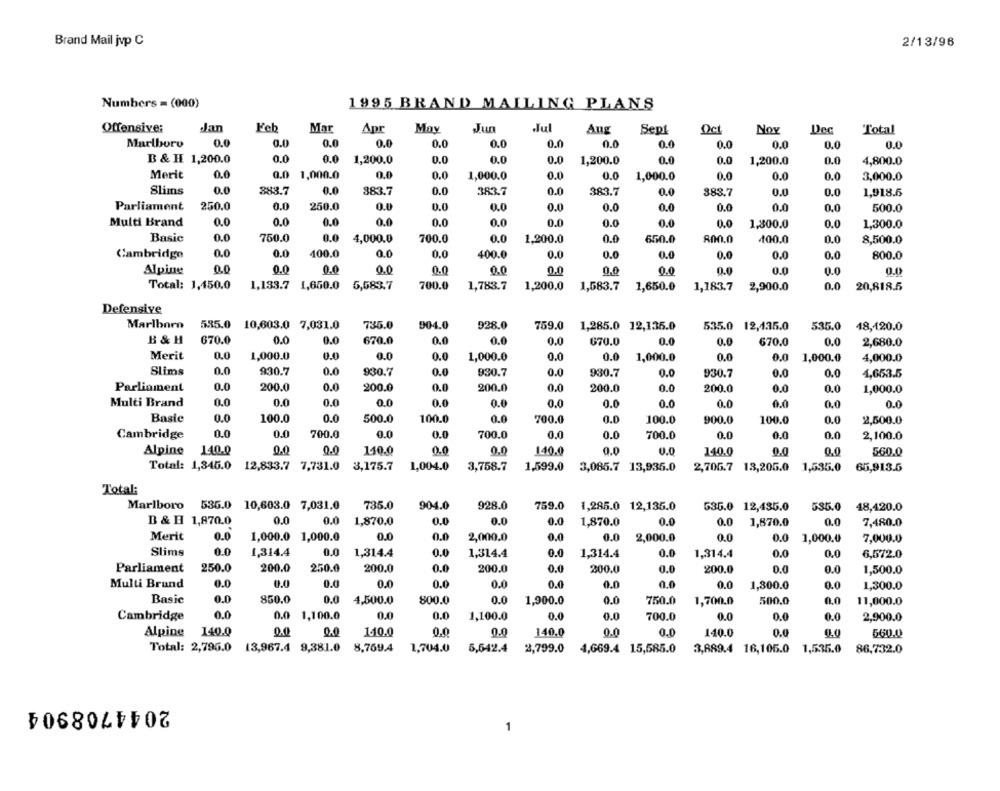
Brand Mail jvp C
2/13/96
Numbers = (000)
1995 BRAND MAILING PLANS
Offensive:
dan
Feb
Mar
Jul
Apr
May
Jun
Ang
Sept
Det
Nov
Dec
Total
0.0
0.0
0.0
0.0
0.0
0.0
0.0
Marlboro
0.0
0.0
0.0
0.0
0.0
0.0
B & H 1,200.0
0.0
0.0
0.0
0.0
1,200.0
0.0
1,200.0
0.0
0.0
1,200.0
0.0
4,800.0
0.0
0.0 1,000.0
0.0
0.0
0.0
Merit
1,000.0
0.0
0.0
1,000.0
0.0
0.0
3,000.0
Slims
0.0
383.7
0.0
383.7
0.0
383.7
383.7
0.0
388.7
0.0
0.0
1,918.6
Parliament
250.0
0.0
250.0
0.0
0.0
0.0
0.0
0.0
0.0
0.0
0.0
0.0
500.0
Multi Brand
0.0
0.0
0.0
0.0
0.0
0.0
0.0
0.0
0.0
0.0
1,300.0
0.0
1,300.0
Basic
0.0
750.0
0.0
4,000.0
700.0
0.0
1,200.0
0.0
650.0
800.0
100.0
0.0
8,500.0
0.0
0.0
100.0
0.0
0.0
400.0
0.0
Cambridge
0.0
0.0
0.0
0.0
0.0
800.0
0.0
0.0
0.0
Alpine
0.0
0.0
0.0
0.0
0.0
0.0
0.0
0.0
0.0
0.0
Total: 1,450.0
1,133.7 1,650.0
700.0
5,683.7
1,783.7
1,200.0
1,583.7
1,650.0
1,183.7
2,900.0
0.0
20,818.5
Defensive
Marlboro
535.0 10,603.0 7,031.0
735.0
904.0
928.0
759.0 1,285.0 12,135.0
535.0 12,135.0
535.0 48,120.0
B & H
670.0
0.0
0.0
670.0
0.0
0.0
0.0
670.0
0.0
0.0
670.0
0.0
2,680.0
Merit
0.0
1,000.0
0.0
0.0
0.0
0.0
0.0
1,000.0
0.0
0.0
1,000.0
1,000.0
4,000.0
Slims
0.0
930.7
0.0
930.7
0.0
930.7
0.0
930.7
0.0
930.7
0.0
0.0
1,653.5
0.0
200.0
0.0
200.0
200.0
0.0
200.0
0.0
200.0
0.0
0.0
1,000.0
Parliament
Multi Brand
0.0
0.0
0.0
0.0
0.0
0.0
0.0
0.0
0.0
0.0
0.0
0.0
0.0
Basie
0.0
100.0
0.0
500.0
100.0
0.0
700.0
0.0
100.0
900.0
100.0
0.0
2,500.0
Cambridge
0.0
0.0
700.0
0.0
0.0
700.0
0.0
0.0
700.0
0.0
0.0
0.0
2,100.0
Alpine
140.0
0.0
0.0
110.0
0.0
0.0
140.0
0.0
140.0
0.0
0,0
560.0
Total: 1,345.0 12,833.7 7,731.0
3,175.7
1,004.0
3,758.7
2,705.7 13,205.0
1,535.0
1,599.0 3,085.7 13,935.0
65,913.5
Total:
Marlboro 536.0 10,603.0 7,031.0
735.0
904.0
928.0
759.0
1,285.0 12,135.0
535.0 12,435.0
535.0 48,420.0
B & B 1,870.0
0.0
0.0
1,870.0
0.0
0.0
0.0
1,870.0
0.0
0.0
1,870.0
0.0
7,480.0
Merit
0.0
1,000.0 1,000.0
0.0
2,000.0
0.0
0.0
2,000.0
0.0
0.0
1,000.0
7,000.0
Slims
0.0
1,314.4
0.0
1,314.4
0.0
1,314.4
0.0
1,314.4
0.0
1,314.4
0.0
0.0
6,572.0
Parliament
250.0
200.0
250.0
200.0
0.0
200.0
0.0
200.0
0.0
200.0
0.0
0.0
1,500.0
Multi Brund
0.0
0.0
0.0
0.0
0.0
0.0
0.0
0.0
1,300.0
0.0
1,300.0
Basic
0.0
850.0
0.0
4,500.0
800.0
0.0
1,900.0
0.0
750.0
1,700.0
500.0
0.0
11,000.0
Cambridge
0.0
0.0 1,100.0
0.0
0.0
1,100.0
0.0
0.0
700.0
0.0
0.0
0.0
2,900.0
Alpine 140.0
0.0
1.10.0
0.0
0.0
140.0
0.0
0.0
140.0
0.0
0.0
560.0
Total: 2,796.0 13,967.4 9,381.0
8,769.4
1,704.0
5,642.4
2,799.0
4,669.4 15,585.0
3,889.4 16,106.0
1,535.0
86,732.0
2044708904
1